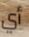
أي